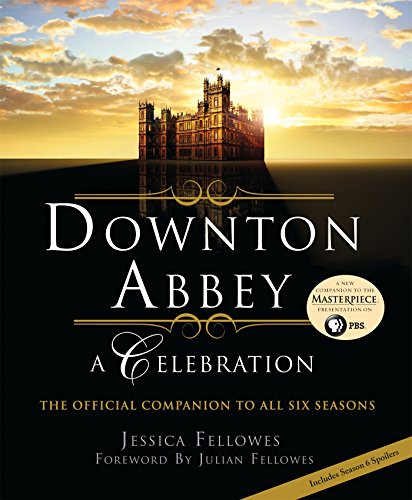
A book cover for Downton Abbey - A Celebration: The Official Companion to All Six Seasons; Jessica Fellowes; Humor & Entertainment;